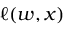
\ell ( w , x )